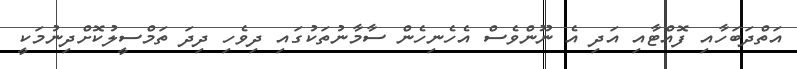
އަތްދަބަހާއި ފޮއްޓާއި އަދި އެ ނޫންވެސް އެހެނިހެން ސާމާނުތަކުގައި ދިވެހި ދިދަ ތަމްސީލުކޮށްދިނުމަކީ